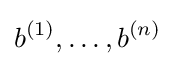
b^{(1)},\dots ,b^{(n)}